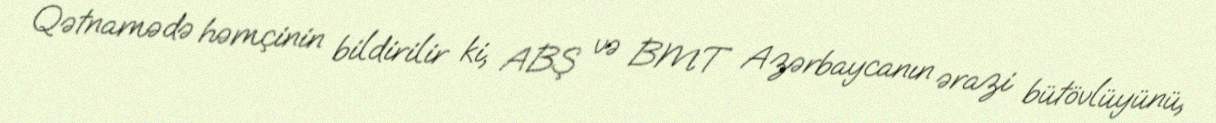
Qətnamədə həmçinin bildirilir ki, ABŞ və BMT Azərbaycanın ərazi bütövlüyünü,